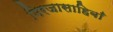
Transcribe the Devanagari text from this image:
मिरजासाहिबाँ